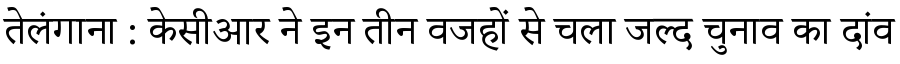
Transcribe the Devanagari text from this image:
तेलंगाना : केसीआर ने इन तीन वजहों से चला जल्द चुनाव का दांव